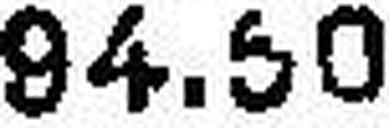
94.50